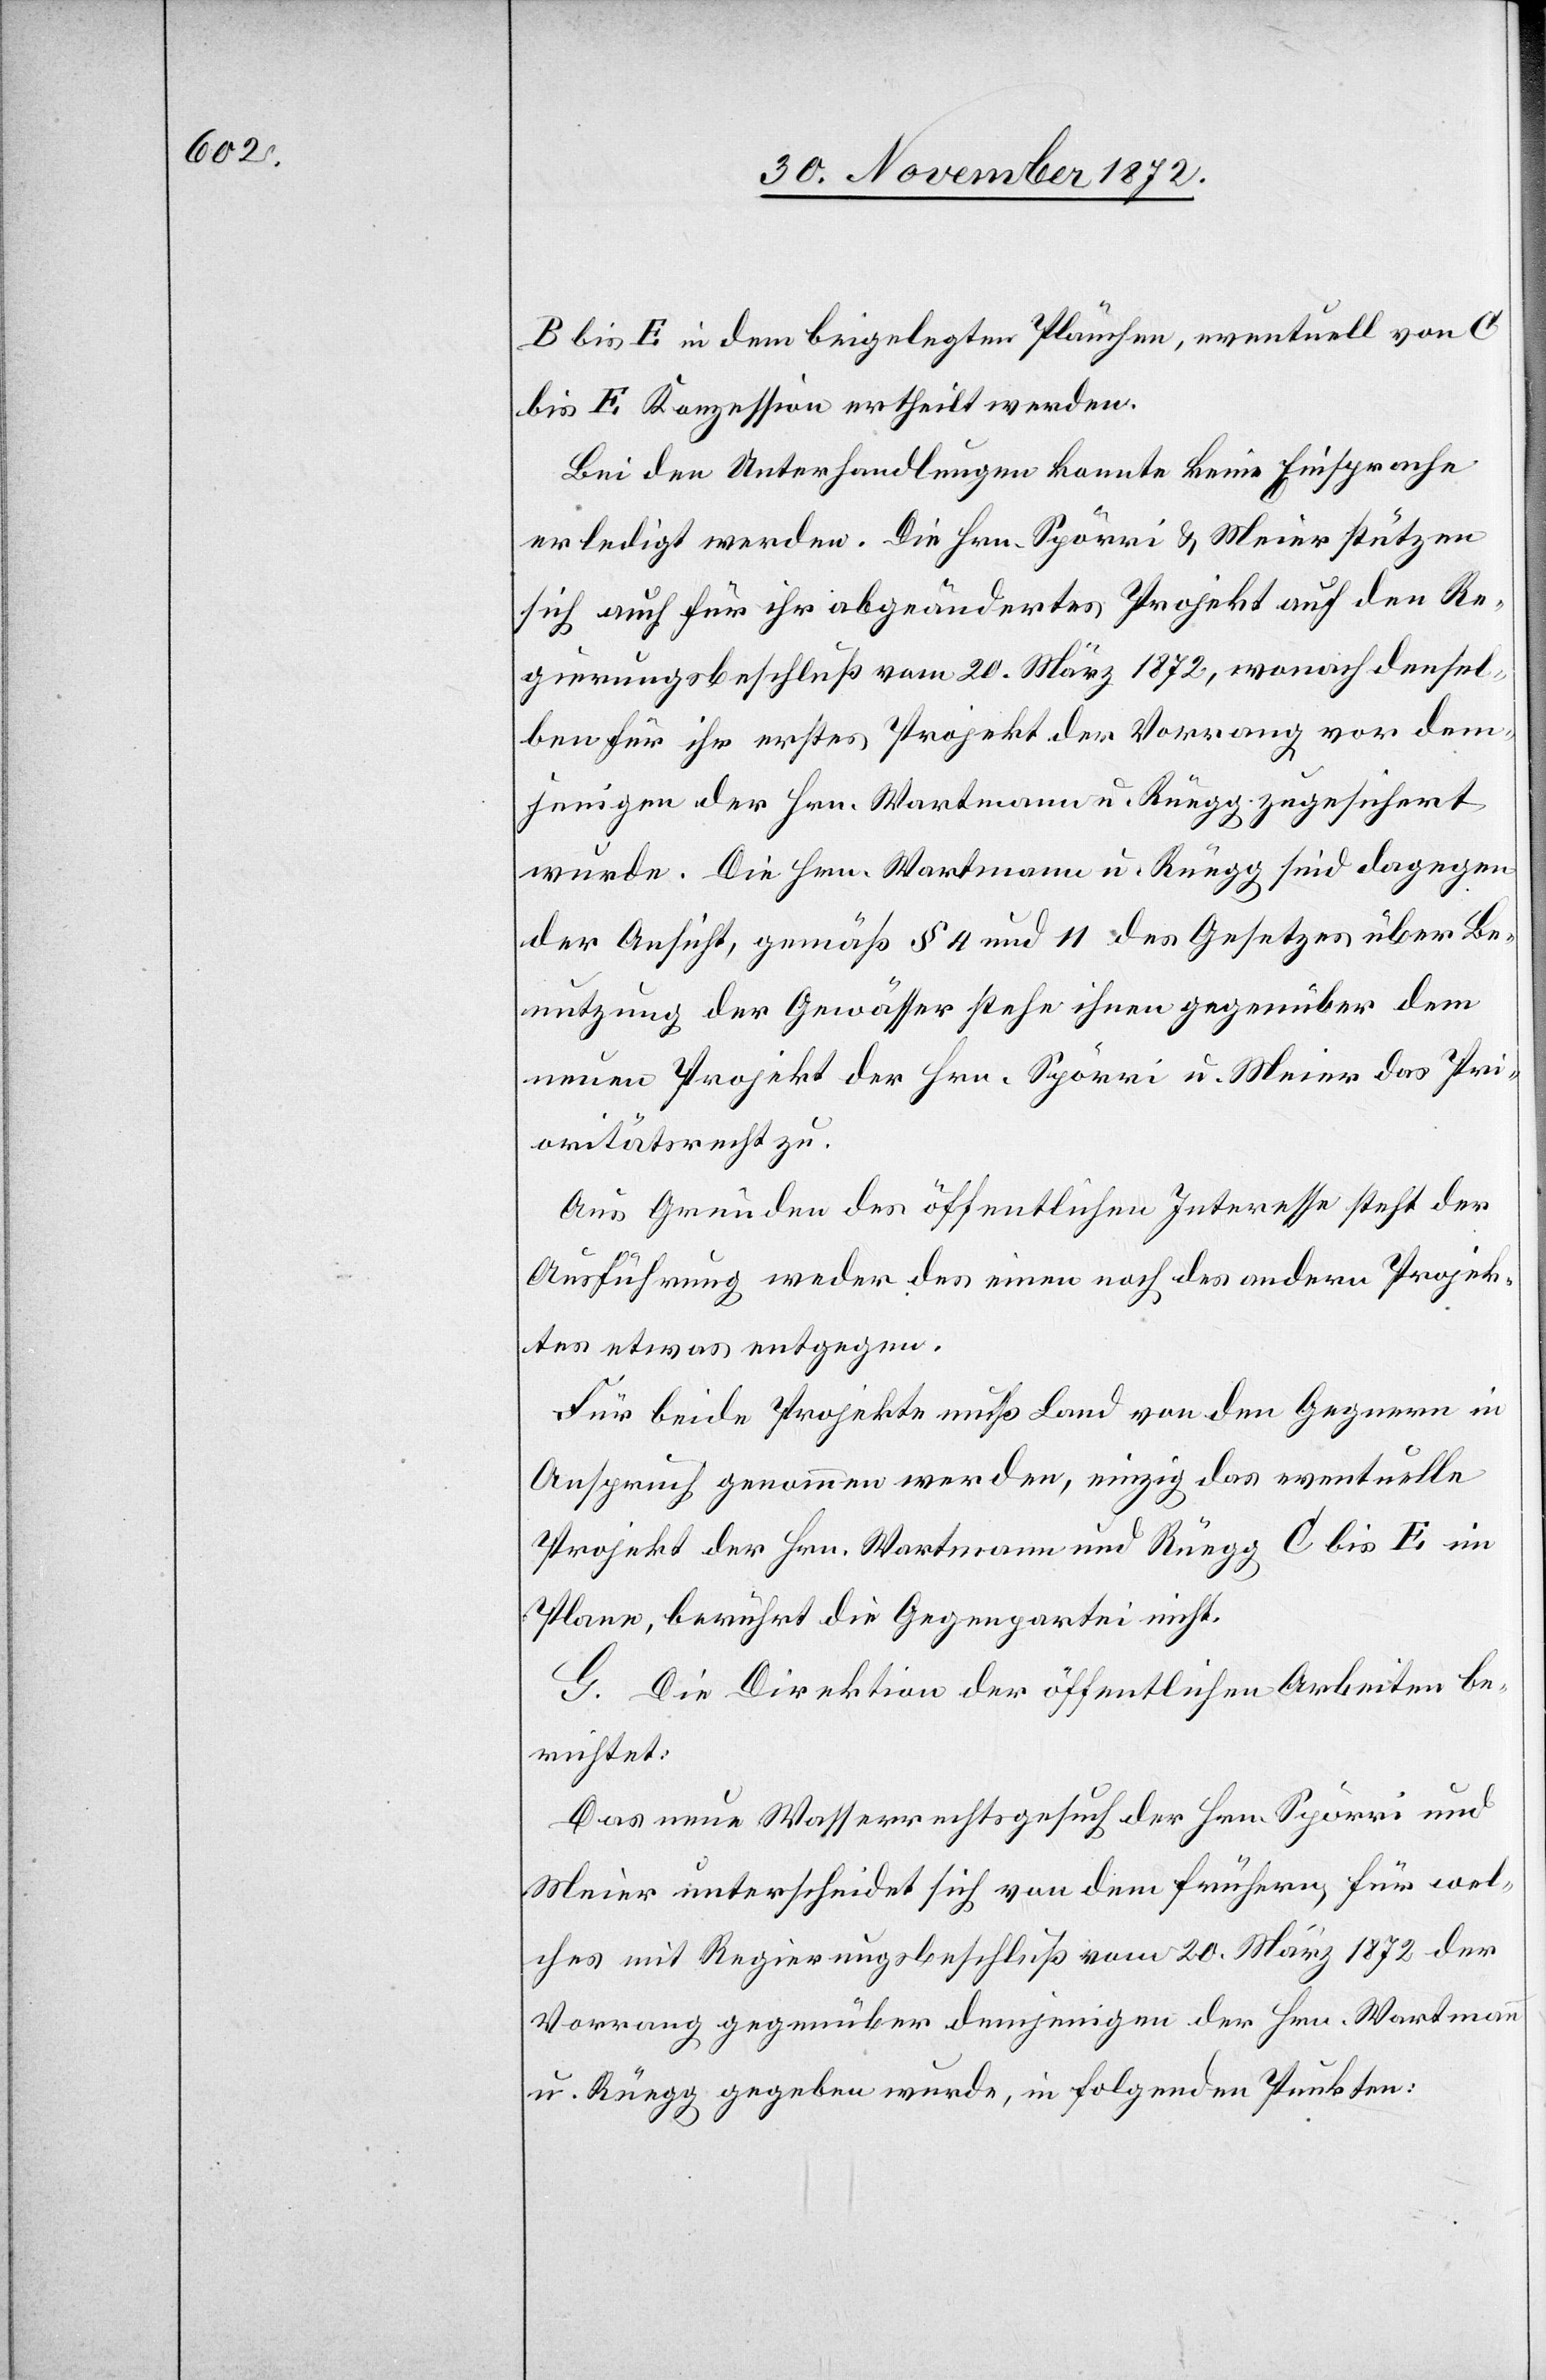
B bis E in dem beigelegten Plänchen, eventuell von C
bis E Konzession ertheilt werden.
Bei den Unterhandlungen konnte keine Einsprache
erledigt werden. Die Hrn. Spörri u. Meier stützen
sich auch für ihr abgeändertes Projekt auf den Re¬
gierungsbeschluß vom 20. März 1872, wonach densel¬
ben für ihr erstes Projekt der Vorrang vor dem¬
jenigen der Hrn. Wartmann u. Rüegg zugesichert
wurde. Die Hrn. Wartmann u. Rüegg sind dagegen
der Ansicht, gemäß § 4 und 11 des Gesetzes über Be¬
nutzung der Gewässer stehe ihnen gegenüber dem
neuen Projekt der Hrn. Spörri u. Meier das Pri¬
oritätsrecht zu.
Aus Gründen des öffentlichen Interesses steht der
Ausführung weder des einen noch des andern Projek¬
tes etwas entgegen.
Für beide Projekte muß Land von den Gegnern in
Anspruch genommen werden, einzig das eventuelle
Projekt der Hrn. Wartmann und Rüegg C bis E im
Plane, berührt die Gegenpartei nicht.
G. Die Direktion der öffentlichen Arbeiten be¬
richtet:
Das neue Wasserrechtsgesuch der Hrn. Spörri und
Meier unterscheidet sich von dem frühern, für wel¬
ches mit Regierungsbeschluß vom 20. März 1872 der
Vorrang gegenüber demjenigen der Hrn. Wartmann
u. Rüegg gegeben wurde, in folgenden Punkten: